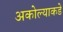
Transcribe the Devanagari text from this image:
अकोल्याकडे